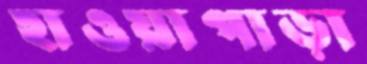
হাওয়াপাড়া